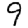
Digit: 9